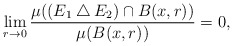
\begin{align*}\lim_{r\to 0}\frac{\mu ((E_1 \bigtriangleup E_2) \cap B(x,r))}{\mu (B(x,r))}= 0,\end{align*}